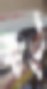
লাই